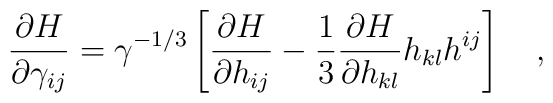
\frac{\partial H}{\partial \gamma_{ij}}=\gamma^{-1/3}\left[\frac{\partial H}{\partial h_{ij}}-\frac{1}{3}\frac{\partial H}{\partial h_{kl}}h_{kl}h^{ij}\right] ~~~,